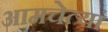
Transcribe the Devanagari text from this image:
आमचेत्यां